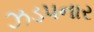
ઝડપનાર